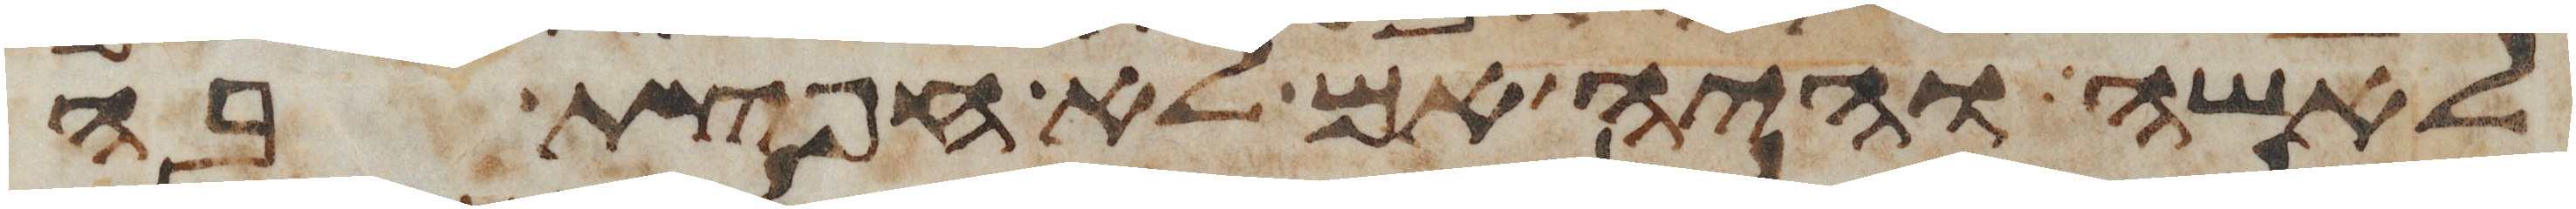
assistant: לאשה והיה אם לא חפצת בה